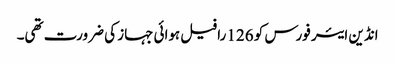
انڈین ایئر فورس کو 126 رافیل ہوائی جہاز کی ضرورت تھی۔